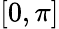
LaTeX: [0,\pi]